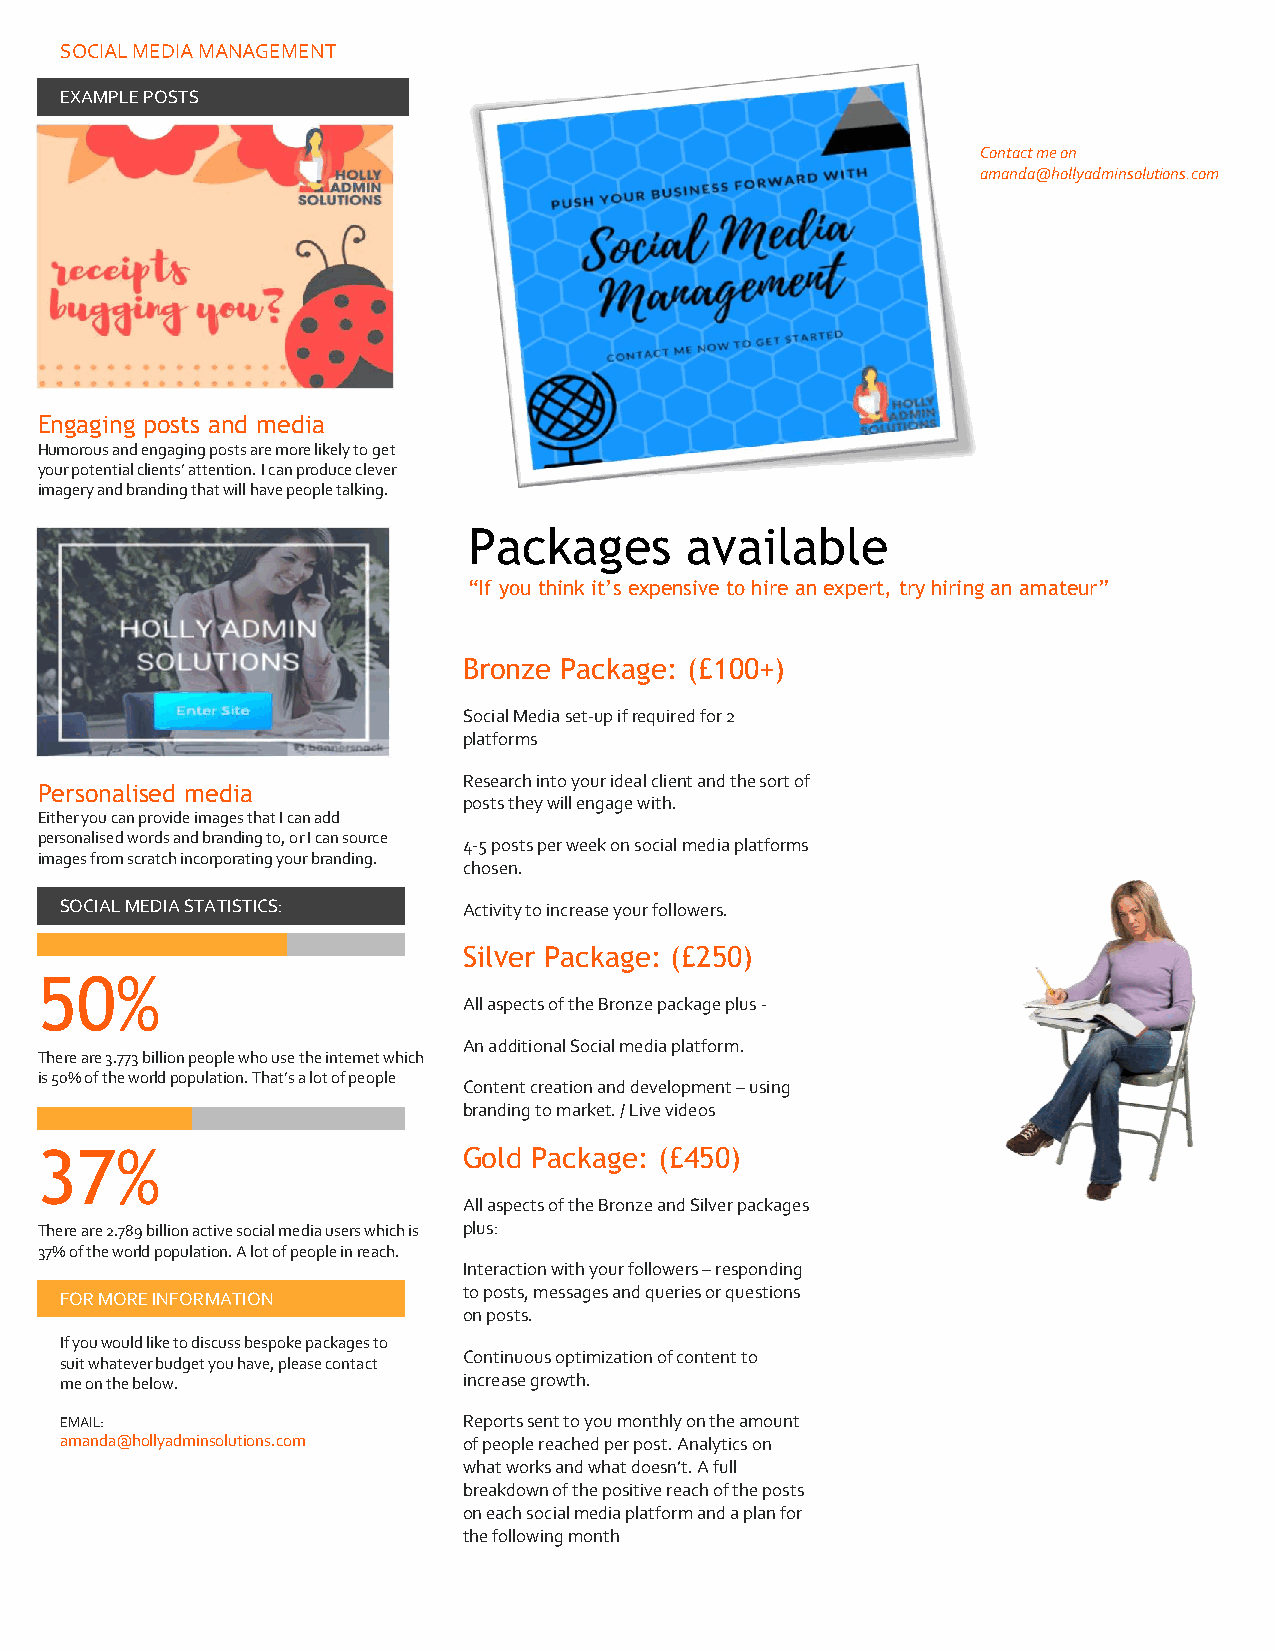
SOCIAL MEDIA MANAGEMENT
 EXAMPLE POSTS
 Contact me on
 amanda@hollyadminsolutions.com
 Engaging posts and media
 Humorous and engaging posts are more likely to get
 your potential clients’ attention. I can produce clever
 imagery and branding that will have people talking.
 Packages      available
 “If you think it’s expensive to hire an expert, try hiring an amateur”
 Bronze Package: (£100+)
 Social Media set-up if required for 2
 platforms
 Research into your ideal client and the sort of
 Personalised media
 posts they will engage with.
 Either you can provide images that I can add
 personalised words and branding to, or I can source
 4-5 posts per week on social media platforms
 images from scratch incorporating your branding.
 chosen.
 SOCIAL MEDIA STATISTICS:   Activity to increase your followers.
 Silver Package: (£250)
 50%
 All aspects of the Bronze package plus -
 An additional Social media platform.
 There are 3.773 billion people who use the internet which
 is 50% of the world population. That’s a lot of people
 Content creation and development – using
 branding to market. / Live videos
 37%                          Gold Package: (£450)
 All aspects of the Bronze and Silver packages
 There are 2.789 billion active social media users which is plus:
 37% of the world population. A lot of people in reach.
 Interaction with your followers – responding
 to posts, messages and queries or questions
 FOR MORE INFORMATION
 on posts.
 If you would like to discuss bespoke packages to
 Continuous optimization of content to
 suit whatever budget you have, please contact
 me on the below.           increase growth.
 EMAIL:                     Reports sent to you monthly on the amount
 amanda@hollyadminsolutions.com of people reached per post. Analytics on
 what works and what doesn’t. A full
 breakdown of the positive reach of the posts
 on each social media platform and a plan for
 the following month